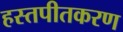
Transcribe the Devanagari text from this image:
हस्तपीतकरण